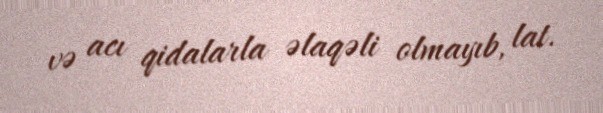
və acı qidalarla əlaqəli olmayıb, lat.